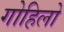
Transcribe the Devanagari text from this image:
गोहिलो